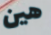
هين